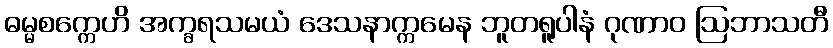
ဓမ္မစက္ကေဟိ အက္ခရသမယံ ဒေသနာက္ကမေန ဘူတရူပါနံ ဂုဏာဝ ဩဘာသတီ